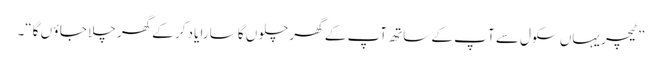
”ٹیچر یہاں سکول سے آ پ کے ساتھ آپ کے گھر چلو ں گا سارا یاد کر کے گھر چلا جا ؤ ں گا“۔